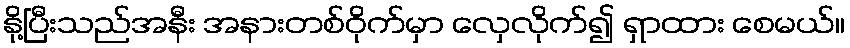
နို့ပြီးသည်အနီး အနားတစ်ဝိုက်မှာ လှေလိုက်၍ ရှာထား စေမယ်။